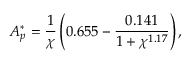
A _ { p } ^ { * } = \frac { 1 } { \chi } \left( 0 . 6 5 5 - \frac { 0 . 1 4 1 } { 1 + \chi ^ { 1 . 1 7 } } \right) ,